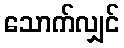
သောက်လျှင်